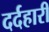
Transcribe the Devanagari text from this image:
दर्दहारी